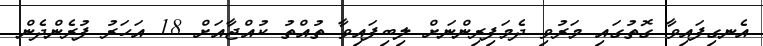
އެނގިފައިވާ ގޮތުގައި މަރުވި ދެމަފިރިންނަށް ލިބިފައިވާ ތުއްތު ކުއްޖާއަށް 18 އަހަރު ފުރެންދެން